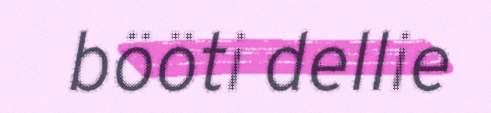
bööti dellie